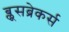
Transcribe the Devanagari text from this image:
ब्लूसब्रेकर्स